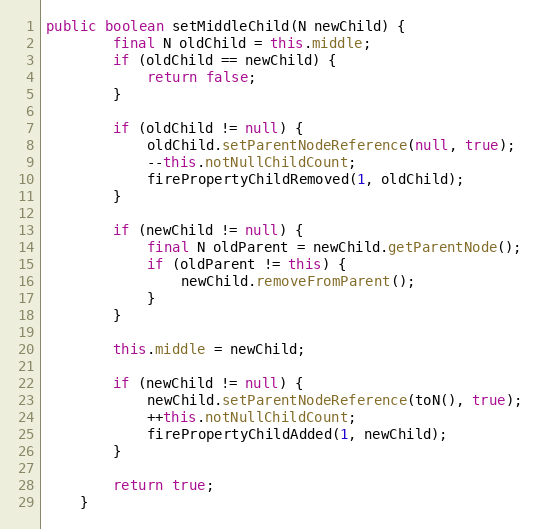
Language: Java
public boolean setMiddleChild(N newChild) {
		final N oldChild = this.middle;
		if (oldChild == newChild) {
			return false;
		}

		if (oldChild != null) {
			oldChild.setParentNodeReference(null, true);
			--this.notNullChildCount;
			firePropertyChildRemoved(1, oldChild);
		}

		if (newChild != null) {
			final N oldParent = newChild.getParentNode();
			if (oldParent != this) {
				newChild.removeFromParent();
			}
		}

		this.middle = newChild;

		if (newChild != null) {
			newChild.setParentNodeReference(toN(), true);
			++this.notNullChildCount;
			firePropertyChildAdded(1, newChild);
		}

		return true;
	}